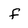
Character: f